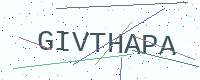
Text: GIVTHAPA